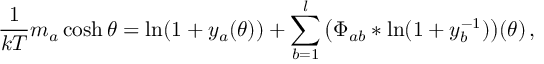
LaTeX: \frac { 1 } { k T } m _ { a } \cosh \theta = \ln ( 1 + y _ { a } ( \theta ) ) + \sum _ { b = 1 } ^ { l } \, \bigl ( \Phi _ { a b } * \ln ( 1 + y _ { b } ^ { - 1 } ) \bigr ) ( \theta ) \, ,